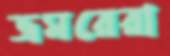
ভ্রমরেরা